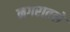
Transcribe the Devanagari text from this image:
नगरातले